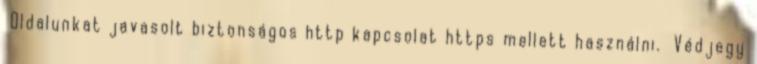
Oldalunkat javasolt biztonságos http kapcsolat https mellett használni. Védjegy